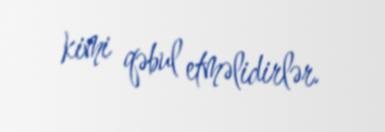
kimi qəbul etməlidirlər.